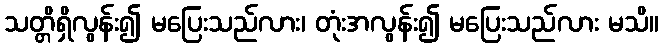
သတ္တိရှိလွန်း၍ မပြေးသည်လား၊ တုံးအလွန်း၍ မပြေးသည်လား မသိ။